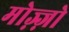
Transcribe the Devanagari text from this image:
मोज़्ज़ो